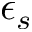
\epsilon _ { s }